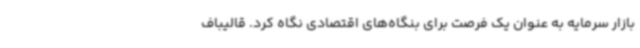
بازار سرمایه به عنوان یک فرصت برای بنگاه‌های اقتصادی نگاه کرد. قالیباف